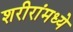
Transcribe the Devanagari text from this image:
शरीरांमध्ये